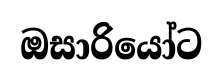
ඔසාරියෝට